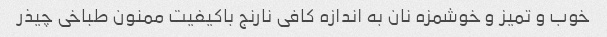
خوب و تمیز و خوشمزه نان به اندازه کافی نارنج باکیفیت ممنون طباخی چیذر